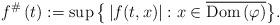
LaTeX: \begin{align*}f^{\#}\left( t\right) :=\sup \big\{\left\vert f(t,x)\right\vert :x\in\overline{\mathrm{Dom}\left( \varphi \right) }\big\}. \end{align*}